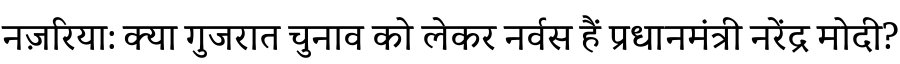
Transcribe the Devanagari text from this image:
नज़रिया: क्या गुजरात चुनाव को लेकर नर्वस हैं प्रधानमंत्री नरेंद्र मोदी?